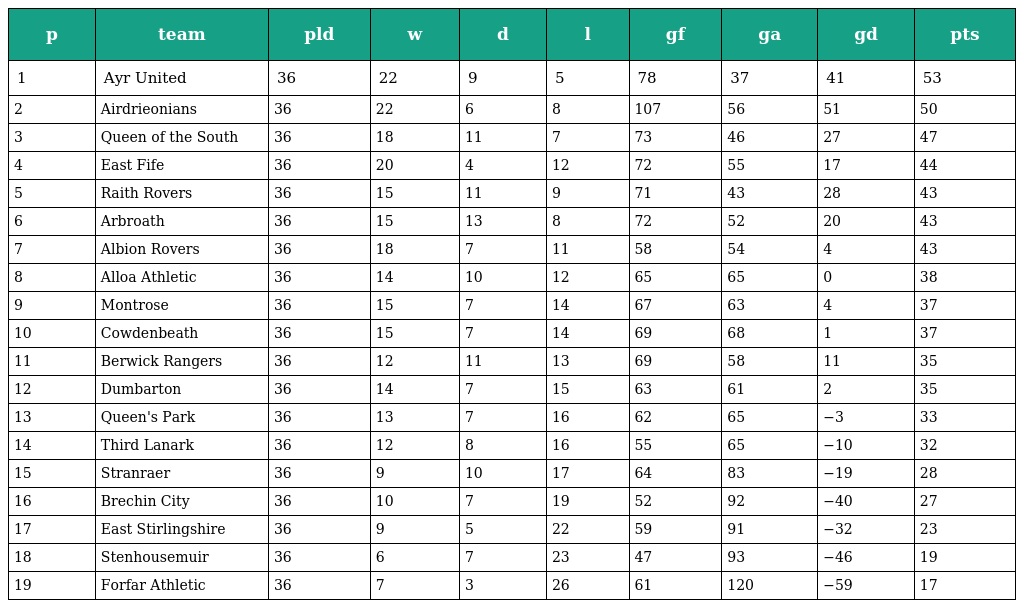
| p | team | pld | w | d | l | gf | ga | gd | pts |
 | --- | --- | --- | --- | --- | --- | --- | --- | --- | --- |
 | 1 | Ayr United | 36 | 22 | 9 | 5 | 78 | 37 | 41 | 53 |
 | 2 | Airdrieonians | 36 | 22 | 6 | 8 | 107 | 56 | 51 | 50 |
 | 3 | Queen of the South | 36 | 18 | 11 | 7 | 73 | 46 | 27 | 47 |
 | 4 | East Fife | 36 | 20 | 4 | 12 | 72 | 55 | 17 | 44 |
 | 5 | Raith Rovers | 36 | 15 | 11 | 9 | 71 | 43 | 28 | 43 |
 | 6 | Arbroath | 36 | 15 | 13 | 8 | 72 | 52 | 20 | 43 |
 | 7 | Albion Rovers | 36 | 18 | 7 | 11 | 58 | 54 | 4 | 43 |
 | 8 | Alloa Athletic | 36 | 14 | 10 | 12 | 65 | 65 | 0 | 38 |
 | 9 | Montrose | 36 | 15 | 7 | 14 | 67 | 63 | 4 | 37 |
 | 10 | Cowdenbeath | 36 | 15 | 7 | 14 | 69 | 68 | 1 | 37 |
 | 11 | Berwick Rangers | 36 | 12 | 11 | 13 | 69 | 58 | 11 | 35 |
 | 12 | Dumbarton | 36 | 14 | 7 | 15 | 63 | 61 | 2 | 35 |
 | 13 | Queen's Park | 36 | 13 | 7 | 16 | 62 | 65 | −3 | 33 |
 | 14 | Third Lanark | 36 | 12 | 8 | 16 | 55 | 65 | −10 | 32 |
 | 15 | Stranraer | 36 | 9 | 10 | 17 | 64 | 83 | −19 | 28 |
 | 16 | Brechin City | 36 | 10 | 7 | 19 | 52 | 92 | −40 | 27 |
 | 17 | East Stirlingshire | 36 | 9 | 5 | 22 | 59 | 91 | −32 | 23 |
 | 18 | Stenhousemuir | 36 | 6 | 7 | 23 | 47 | 93 | −46 | 19 |
 | 19 | Forfar Athletic | 36 | 7 | 3 | 26 | 61 | 120 | −59 | 17 |